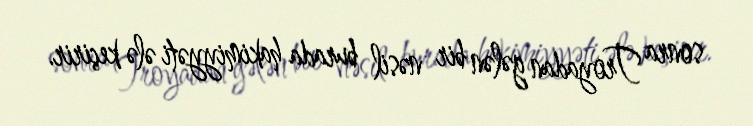
sonra Troyadan gələn bir nəsil burada hakimiyyəti ələ keçirir.